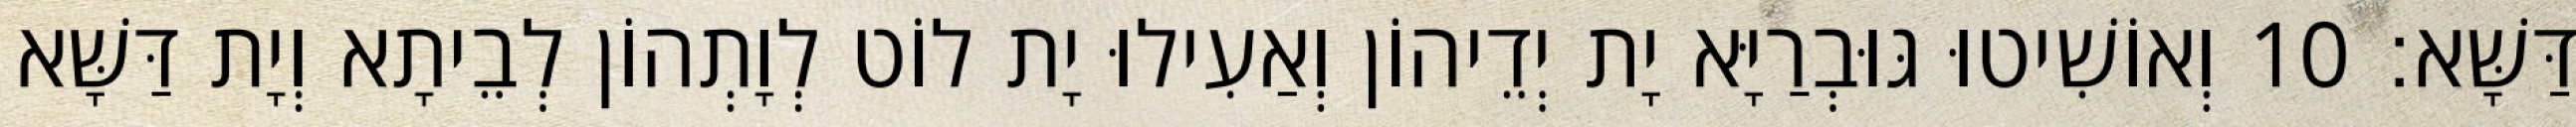
דַּשָּׁא׃ 10 וְאוֹשִׁיטוּ גּוּבְרַיָּא יָת יְדֵיהוֹן וְאַעִילוּ יָת לוֹט לְוָתְהוֹן לְבֵיתָא וְיָת דַּשָּׁא